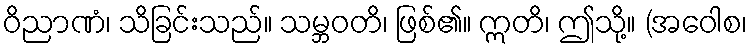
ဝိညာဏံ၊ သိခြင်းသည်။ သမ္ဘဝတိ၊ ဖြစ်၏။ ဣတိ၊ ဤသို့။ (အဝေါစ၊